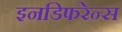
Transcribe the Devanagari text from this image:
इनडिफरेन्स